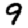
Digit: 9